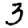
Digit: 3